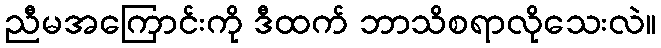
ညီမအကြောင်းကို ဒီထက် ဘာသိစရာလိုသေးလဲ။